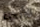
الأنحاء